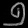
Digit: ၅